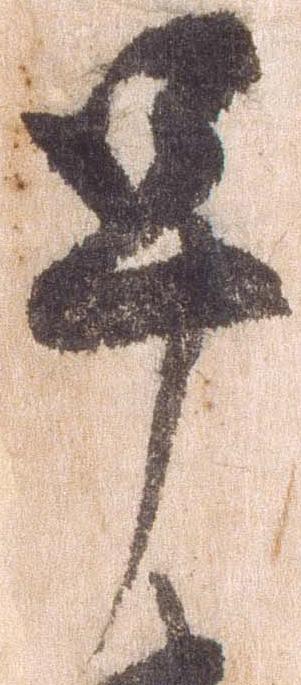
早